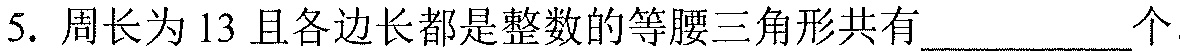
5. 周长为 13 且各边长都是整数的等腰三角形共有__________个